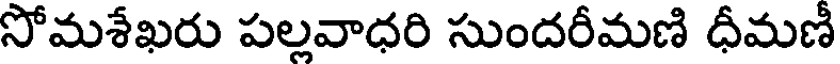
సోమశేఖరు పల్లవాధరి సుందరీమణి ధీమణీ